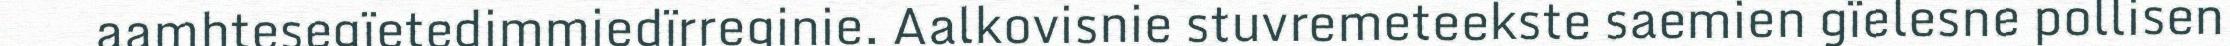
aamhtesegïetedimmiedïrreginie. Aalkovisnie stuvremeteekste saemien gïelesne pollisen